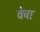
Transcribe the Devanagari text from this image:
वेचा